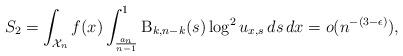
LaTeX: \begin{align*}S_2 &= \int_{\mathcal{X}_n} f(x) \int_\frac{a_n}{n-1}^1 \mathrm{B}_{k,n-k}(s) \log^2 u_{x,s} \, ds \, dx =o(n^{-(3-\epsilon)}),\end{align*}